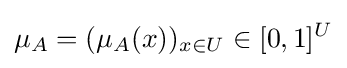
\mu _{A}=(\mu _{A}(x))_{x\in U}\in [0,1]^{U}